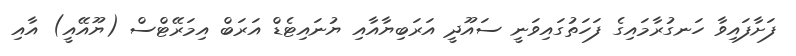
ފަށާފައިވާ ހަނގުރާމައިގެ ފަހަތުގައިވަނީ ސައޫދީ އަރަބިޔާއާއި ޔުނައިޓެޑް އަރަބް އިމަރޭޓްސް (ޔޫއޭއީ) އާއި